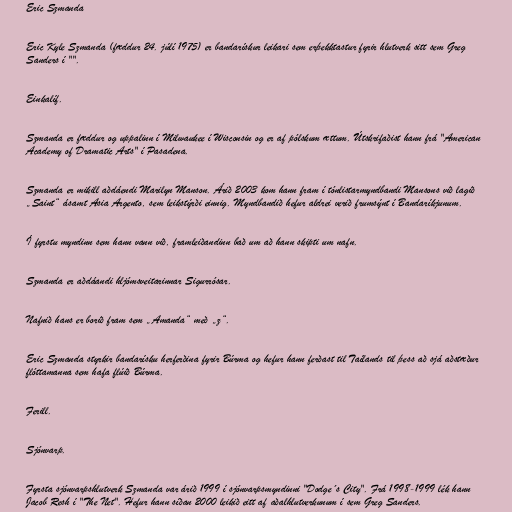
Eric Szmanda

Eric Kyle Szmanda (fæddur 24. júlí 1975) er bandarískur leikari sem erþekktastur fyrir hlutverk sitt sem Greg
Sanders í "".

Einkalíf.

Szmanda er fæddur og uppalinn í Milwaukee í Wisconsin og er af pólskum ættum. Útskrifaðist hann frá "American
Academy of Dramatic Arts" í Pasadena.

Szmanda er mikill aðdáendi Marilyn Manson. Árið 2003 kom hann fram í tónlistarmyndbandi Mansons við lagið
„Saint“ ásamt Asia Argento, sem leikstýrði einnig. Myndbandið hefur aldrei verið frumsýnt í Bandaríkjunum.

Í fyrstu myndinn sem hann vann við, framleiðandinn bað um að hann skipti um nafn.

Szmanda er aðdáandi hljómsveitarinnar Sigurrósar.

Nafnið hans er borið fram sem „Amanda“ með „z“.

Eric Szmanda styrkir bandarísku herferðina fyrir Búrma og hefur hann ferðast til Taílands til þess að sjá aðstæður
flóttamanna sem hafa flúið Búrma.

Ferill.

Sjónvarp.

Fyrsta sjónvarpshlutverk Szmanda var árið 1999 í sjónvarpsmyndinni "Dodge´s City". Frá 1998-1999 lék hann
Jacob Resh í "The Net". Hefur hann síðan 2000 leikið eitt af aðalhlutverkunum í sem Greg Sanders.